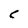
Character: c